Indian journal of veterinary science and animal husbandry - Volumes 18-21, 1948-1951
Year: 1948
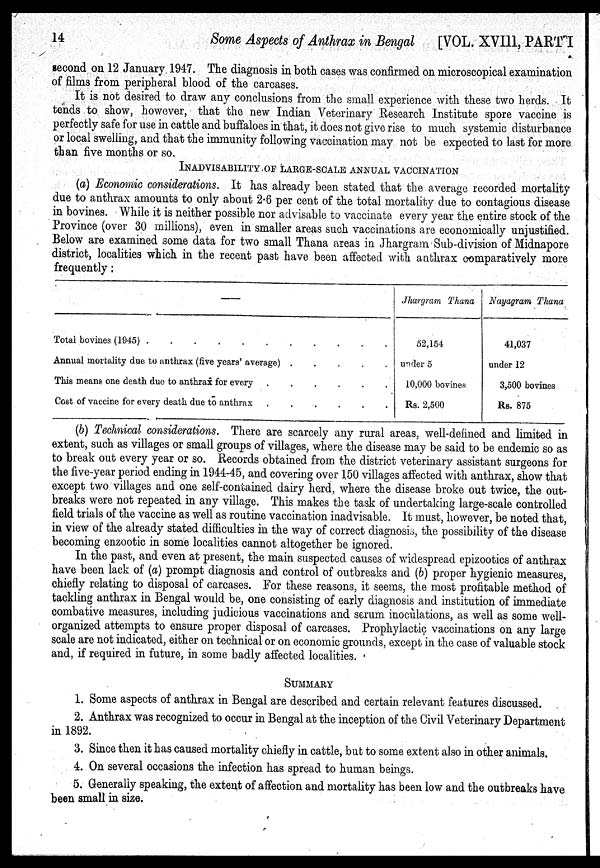
14
Some Aspects of Anthrax in Bengal [VOL. XVIII, PART I
second on 12 January 1947. The diagnosis in both cases was confirmed on microscopical examination
of films from peripheral blood of the carcases.
It is not desired to draw any conclusions from the small experience with these two herds. It
tends to show, however, that the new Indian Veterinary Research Institute spore vaccine is
perfectly safe for use in cattle and buffaloes in that, it does not give rise to much systemic disturbance
or local swelling, and that the immunity following vaccination may not be expected to last for more
than five months or so.
INADVISABILITY OF LARGE-SCALE ANNUAL VACCINATION
(a) Economic considerations. It has already been stated that the average recorded mortality
due to anthrax amounts to only about 2.6 per cent of the total mortality due to contagious disease
in bovines. While it is neither possible nor advisable to vaccinate every year the entire stock of the
Province (over 30 millions), even in smaller areas such vaccinations are economically unjustified.
Below are examined some data for two small Thana areas in Jhargram Sub-division of Midnapore
district, localities which in the recent past have been affected with anthrax comparatively more
frequently:
—
Total bovines (1945)
Annual mortality due to anthrax (five years' average) .
.
.
.
.
This means one death due to anthrax for every .
.
.
.
.
.
Cost of vaccine for every death due to anthrax .
.
.
.
.
.
Jhargram Thana
52,154
under 5
10,000 bovines
Rs. 2,500
Nayagram Thana
41,037
under 12
3,500 bovines
Rs. 875
(b) Technical considerations. There are scarcely any rural areas, well-defined and limited in
extent, such as villages or small groups of villages, where the disease may be said to be endemic so as
to break out every year or so. Records obtained from the district veterinary assistant surgeons for
the five-year period ending in 1944-45, and covering over 150 villages affected with anthrax, show that
except two villages and one self-contained dairy herd, where the disease broke out twice, the out-
breaks were not repeated in any village. This makes the task of undertaking large-scale controlled
field trials of the vaccine as well as routine vaccination inadvisable. It must, however, be noted that,
in view of the already stated difficulties in the way of correct diagnosis, the possibility of the disease
becoming enzootic in some localities cannot altogether be ignored.
In the past, and even at present, the main suspected causes of widespread epizootics of anthrax
have been lack of (a) prompt diagnosis and control of outbreaks and (6) proper hygienic measures,
chiefly relating to disposal of carcases. For these reasons, it seems, the most profitable method of
tackling anthrax in Bengal would be, one consisting of early diagnosis and institution of immediate
combative measures, including judicious vaccinations and serum inoculations, as well as some well-
organized attempts to ensure proper disposal of carcases. Prophylactic vaccinations on any large
scale are not indicated, either on technical or on economic grounds, except in the case of valuable stock
and, if required in future, in some badly affected localities.
SUMMARY
1. Some aspects of anthrax in Bengal are described and certain relevant features discussed.
2. Anthrax was recognized to occur in Bengal at the inception of the Civil Veterinary Department
in 1892.
3. Since then it has caused mortality chiefly in cattle, but to some extent also in other animals.
4. On several occasions the infection has spread to human beings.
5. Generally speaking, the extent of affection and mortality has been low and the outbreaks have
been small in size.